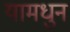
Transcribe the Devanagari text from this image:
यामधुन